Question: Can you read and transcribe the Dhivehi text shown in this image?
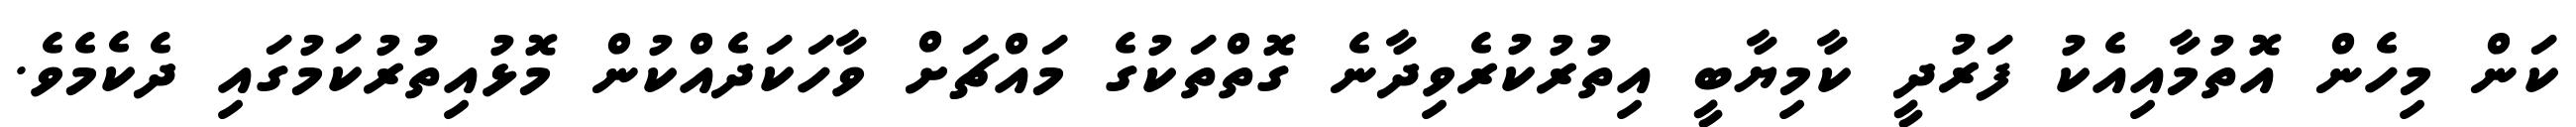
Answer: ކަން މިހެން އޮތުމާއިއެކު ފަރުދީ ކާމިޔާބީ އިތުރުކުރެވިދާނެ ގޮތްތަކުގެ މައްޗަށް ވާހަކަދެއްކުން މޮޅުއިތުރުކަމުގައި ދެކެމެވެ.